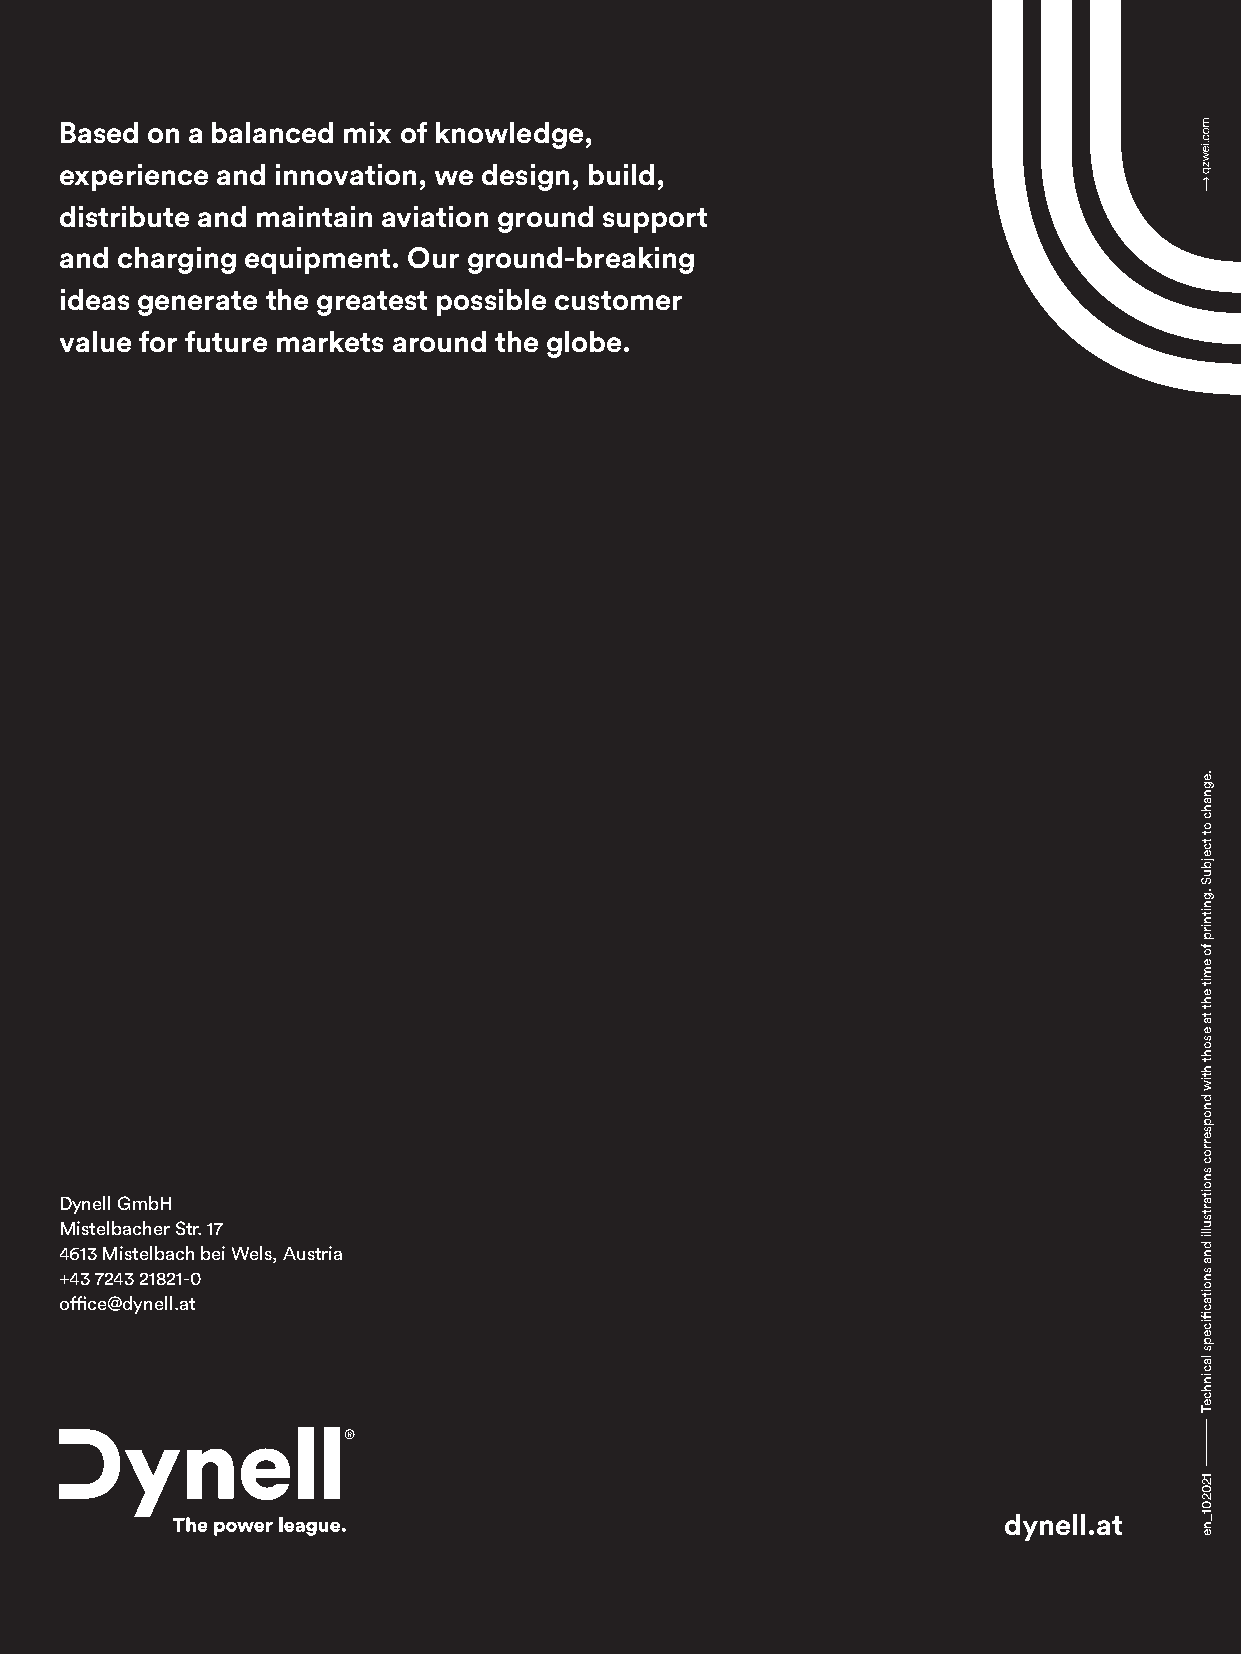
Based on a balanced mix of knowledge,
 experience and innovation, we design, build,
 distribute and maintain aviation ground support
 and charging equipment. Our ground-breaking
 ideas generate the greatest possible customer
 value for future markets around the globe.
 Dynell GmbH
 Mistelbacher Str. 17
 4613 Mistelbach bei Wels, Austria
 +43 7243 21821-0
 office@dynell.at
 dynell.at
 .egnahc
 ot
 tcejbuS
 .gnitnirp
 fo
 emit
 eht
 ta
 esoht
 htiw
 dnopserroc
 snoitartsulli
 dna
 snoitacfiiceps
 lacinhceT
 120201_ne